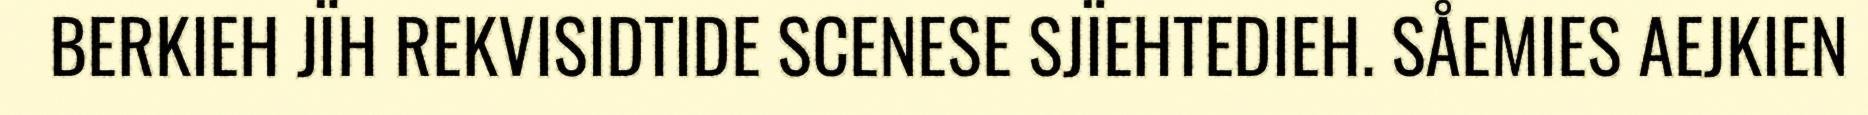
BERKIEH JÏH REKVISIDTIDE SCENESE SJÏEHTEDIEH. SÅEMIES AEJKIEN